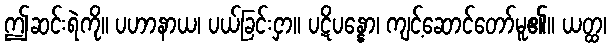
ဤဆင်းရဲကို။ ပဟာနာယ၊ ပယ်ခြင်းငှာ။ ပဋိပန္နော၊ ကျင့်ဆောင်တော်မူ၏။ ယတ္ထ၊